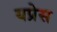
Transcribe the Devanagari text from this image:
यप्रेस